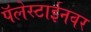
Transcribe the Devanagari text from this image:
पॅलेस्टाईनवर